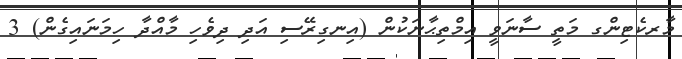
މާރކެޓިންގ މަތީ ސާނަވީ އިމްތިޙާނަކުން (އިނގިރޭސި އަދި ދިވެހި މާއްދާ ހިމަނައިގެން) 3